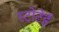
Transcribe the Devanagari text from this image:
स्टोटेई